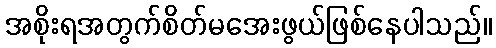
အစိုးရအတွက်စိတ်မအေးဖွယ်ဖြစ်နေပါသည်။